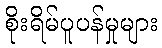
စိုးရိမ်ပူပန်မှုများ